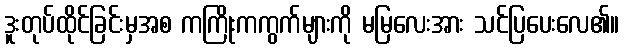
ဒူးတုပ်ထိုင်ခြင်းမှအစ ကကြိုးကကွက်များကို မမြလေးအား သင်ပြပေးလေ၏။